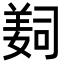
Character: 𦎛